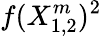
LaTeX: f(X_{1,2}^{m})^{2}